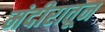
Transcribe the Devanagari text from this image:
मंदीरातून